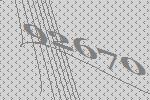
92670